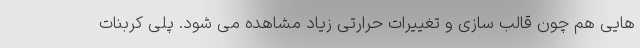
هایی هم چون قالب سازی و تغییرات حرارتی زیاد مشاهده می شود. پلی کربنات